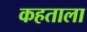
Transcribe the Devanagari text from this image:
कहताला